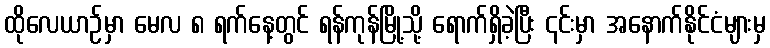
ထိုလေယာဉ်မှာ မေလ ၈ ရက်နေ့တွင် ရန်ကုန်မြို့သို့ ရောက်ရှိခဲ့ပြီး ၎င်းမှာ အနောက်နိုင်ငံများမှ